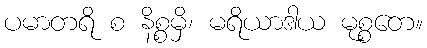
ပမာတရိ စ နိစ္စမှိ၊ မရိယာဒါယ မုစ္စတေ။